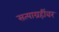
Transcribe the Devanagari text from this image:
सत्याग्रहींवर